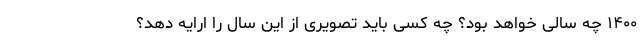
۱۴۰۰ چه سالی خواهد بود؟ چه کسی باید تصویری از این سال را ارایه دهد؟